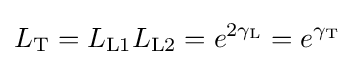
L_{\mathrm {T} }=L_{\mathrm {L1} }L_{\mathrm {L2} }=e^{2\gamma _{\mathrm {L} }}=e^{\gamma _{\mathrm {T} }}